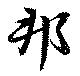
邦